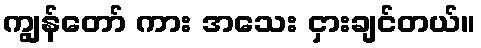
ကျွန်တော် ကား အသေး ငှားချင်တယ်။